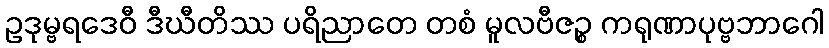
ဥဒုမ္ဗရဒေဝီ ဒီဃီတိဿ ပရိညာတေ တစံ မူလဗီဇဉ္စ ကရုဏာပုဗ္ဗဘာဂေါ